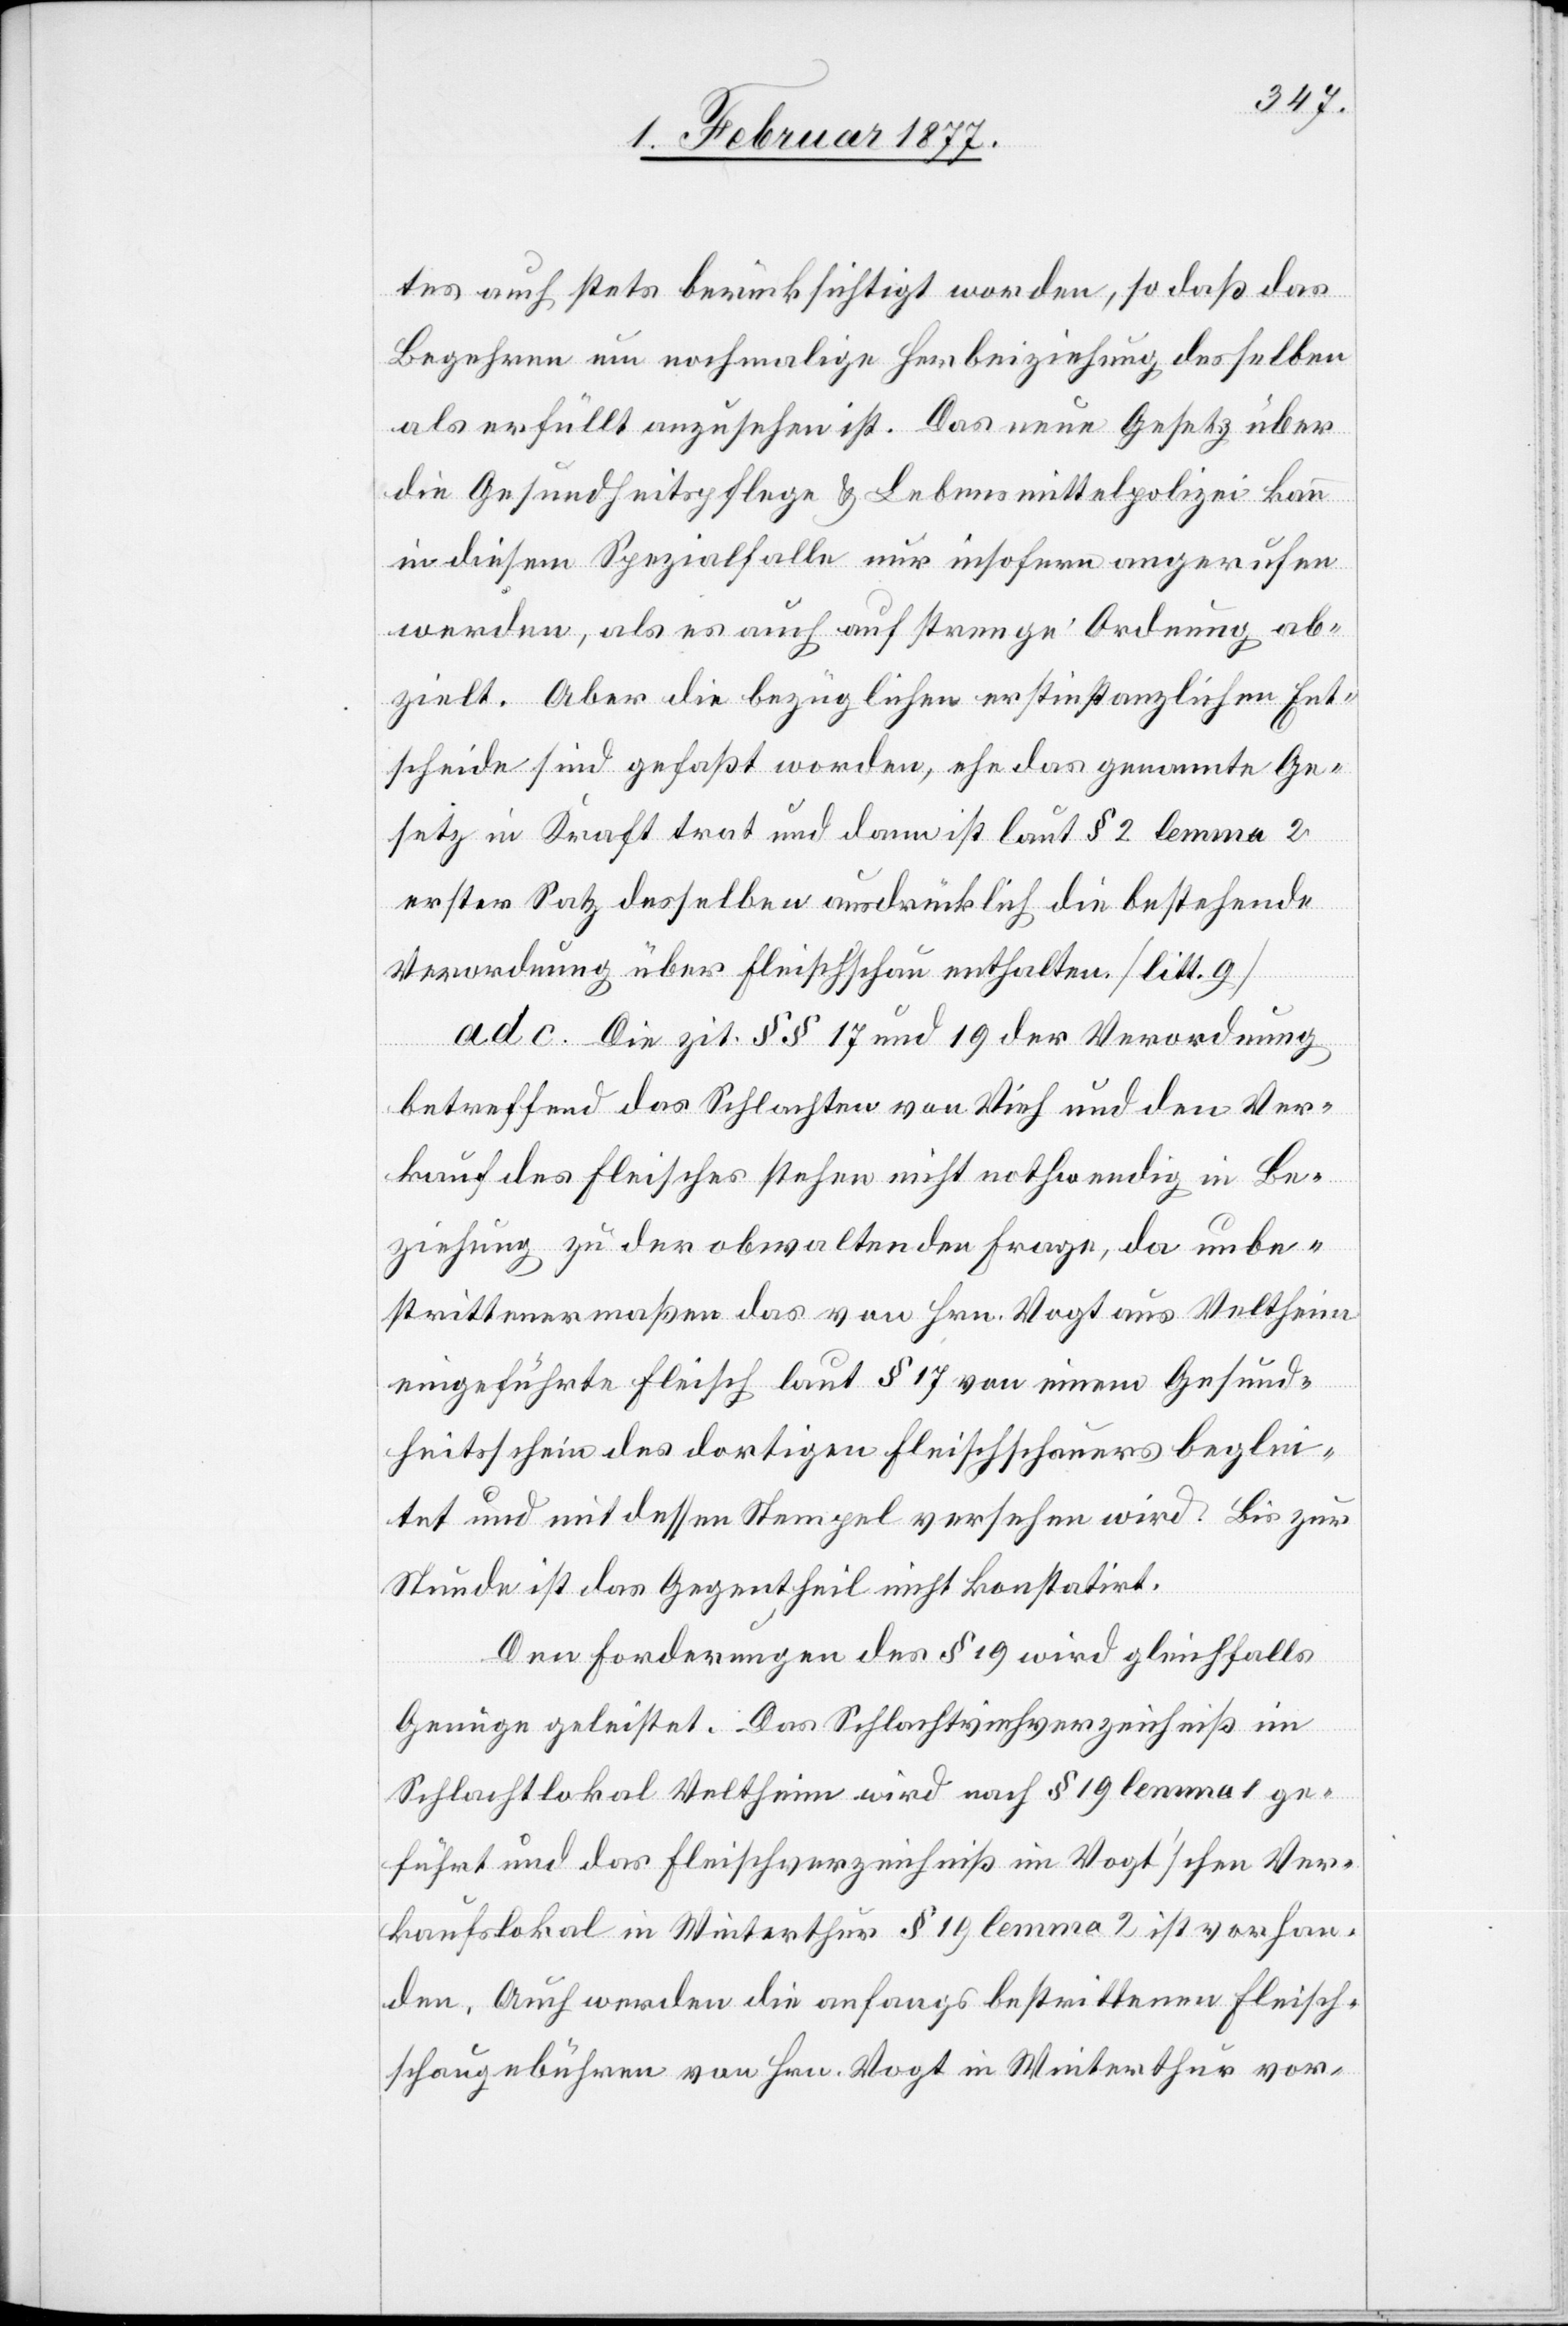
tes auch stets berücksichtigt worden, so daß das
Begehren um nochmalige Herbeiziehung desselben
als erfüllt anzusehen ist. Das neue Gesetz über
die Gesundheitspflege & Lebensmittelpolizei kann
in diesem Spezialfalle nur insofern angerufen
werden, als es auch auf strenge Ordnung ab¬
zielt. Aber die bezüglichen erstinstanzlichen Ent¬
scheide sind gefaßt worden, ehe das genannte Ge¬
setz in Kraft trat und dann ist laut § 2 lemma 2
erster Satz desselben ausdrücklich die bestehende
Verordnung über Fleischschau enthalten. [litt. 9]
ad c. Die zit. §§ 17 und 19 der Verordnung
betreffend das Schlachten von Vieh und den Ver¬
kauf des Fleisches stehen nicht nothwendig in Be¬
ziehung zu der obwaltenden Frage, da unbe¬
strittenermaßen das von Hrn. Vogt aus Veltheim
eingeführte Fleisch laut § 17 von einem Gesund¬
heitsschein des dortigen Fleischschauers beglei¬
tet und mit dessen Stempel versehen wird. Bis zur
Stunde ist das Gegentheil nicht konstatirt.
Den Forderungen des § 19 wird gleichfalls
Genüge geleistet. Das Schlachtviehverzeichniß im
Schlachtlokal Veltheim wird nach § 19 lemma 1 ge¬
führt und das Fleischverzeichniß im Vogt’schen Ver¬
kaufslokal in Winterthur § 19 lemma 2 ist vorhan¬
den. Auch werden die anfangs bestrittenen Fleisch¬
schaugebühren von Hrn. Vogt in Winterthur vor-